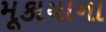
મૂકાયાના